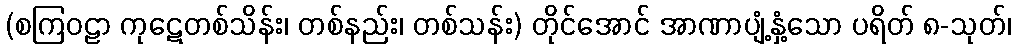
(စကြဝဠာ ကုဋေတစ်သိန်း၊ တစ်နည်း၊ တစ်သန်း) တိုင်အောင် အာဏာပျံ့နှံ့သော ပရိတ် ၈-သုတ်၊